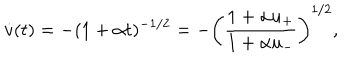
\dot { v } ( t ) = - ( 1 + \alpha t ) ^ { - 1 / 2 } = - \left( { \frac { 1 + \alpha u _ { + } } { 1 + \alpha u _ { - } } } \right) ^ { 1 / 2 } ,